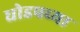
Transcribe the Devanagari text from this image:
धोडपच्या